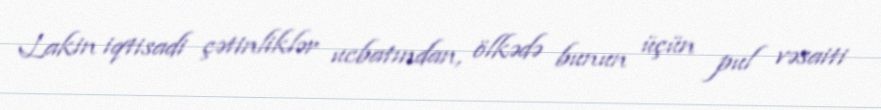
Lakin iqtisadi çətinliklər ucbatından, ölkədə bunun üçün pul vəsaiti